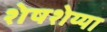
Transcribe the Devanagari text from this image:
शेषशेय्या